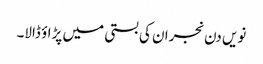
نویں دن نجران کی بستی میں پڑاؤ ڈالا۔